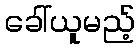
ခေါ်ယူမည့်